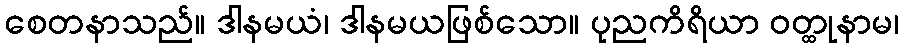
စေတနာသည်။ ဒါနမယံ၊ ဒါနမယဖြစ်သော။ ပုညကိရိယာ ဝတ္ထုနာမ၊